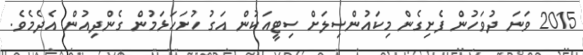
2015 ވަނަ ދުވަހުން ފެށިގެން މިކައުންސިލަށް ސިޓީއަކުން އަގު ހުށަހަޅަމުން ގެންދިއުން އެދެމެވެ.